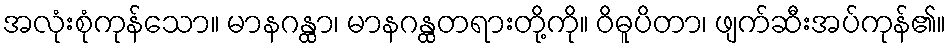
အလုံးစုံကုန်သော။ မာနဂန္ထာ၊ မာနဂန္ထတရားတို့ကို။ ဝိဓူပိတာ၊ ဖျက်ဆီးအပ်ကုန်၏။